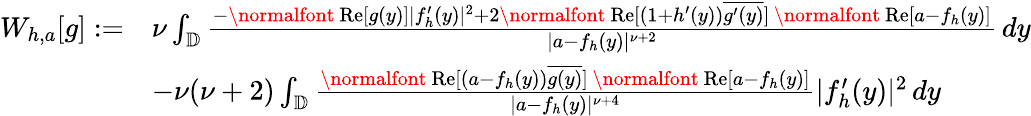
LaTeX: \begin{array}{rl}{W_{h,a}[g]:=}&{\nu\int_{\mathbb{D}}\frac{-\mathrm{\normalfont~Re}[g(y)]|f_{h}^{\prime}(y)|^{2}+2\mathrm{\normalfont~Re}[(1+h^{\prime}(y))\overline{{g^{\prime}(y)}}]\, \mathrm{\normalfont~Re}[a-f_{h}(y)]}{|a-f_{h}(y)|^{\nu+2}}\, dy}\\ &{-\nu(\nu+2)\int_{\mathbb{D}}\frac{\mathrm{\normalfont~Re}[(a-f_{h}(y))\overline{{g(y)}}]\, \mathrm{\normalfont~Re}[a-f_{h}(y)]}{|a-f_{h}(y)|^{\nu+4}}|f_{h}^{\prime}(y)|^{2}\, dy}\end{array}